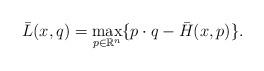
LaTeX: \begin{align*}\bar{L}(x,q)=\max_{p\in \mathbb{R}^n} \{p\cdot q-\bar{H}(x,p)\}.\end{align*}